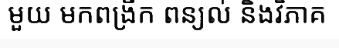
មួយ មកពង្រីក ពន្យល់ និងវិភាគ